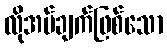
လိုအပ်ချက်ဖြစ်သော